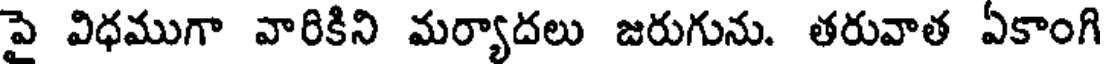
పై విధముగా వారికిని మర్యాదలు జరుగును. తరువాత ఏకాంగి